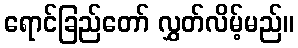
ရောင်ခြည်တော် လွှတ်လိမ့်မည်။